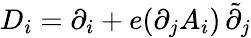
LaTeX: D_{i}=\partial_{i}+e(\partial_{j}A_{i})\, \tilde{\partial}_{j}